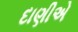
દાણીએ